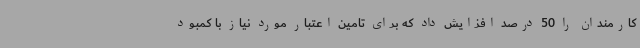
کارمندان را 50 درصد افزایش داد که برای تامین اعتبار مورد نیاز با کمبود